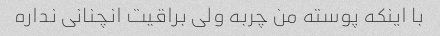
با اینکه پوسته من چربه ولی براقیت انچنانی نداره